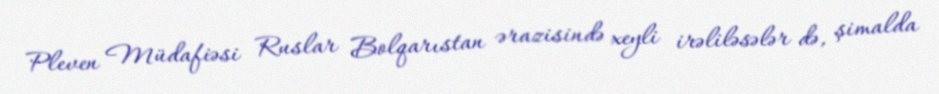
Pleven Müdafiəsi Ruslar Bolqarıstan ərazisində xeyli irəliləsələr də, şimalda